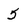
Character: 5